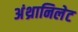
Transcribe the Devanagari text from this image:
अंथ्रानिलेट